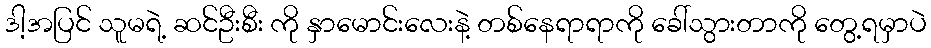
ဒါ့အပြင် သူမရဲ့ ဆင်ဦးစီး ကို နှာမောင်းလေးနဲ့ တစ်နေရာရာကို ခေါ်သွားတာကို တွေ့ရမှာပဲ